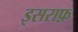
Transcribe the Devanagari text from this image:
इसराफ़